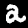
Label: 2